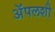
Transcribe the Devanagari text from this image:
अॅपलशी